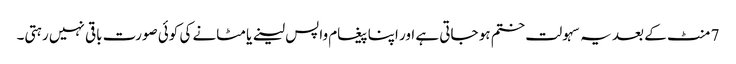
7 منٹ کے بعد یہ سہولت ختم ہو جاتی ہے اور اپنا پیغام واپس لینے یا مٹانے کی کوئی صورت باقی نہیں رہتی۔